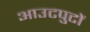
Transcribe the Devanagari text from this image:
आउटपुटों